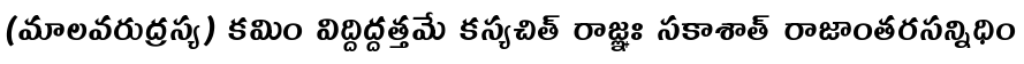
(మాలవరుద్రస్య) కమిం విద్దిద్దత్తమే కస్యచిత్ రాజ్ఞః సకాశాత్ రాజాంతరసన్నిధిం